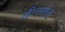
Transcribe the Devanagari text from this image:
दीनार्त